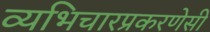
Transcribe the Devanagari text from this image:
व्यभिचारप्रकरणेसी